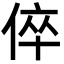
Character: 倅